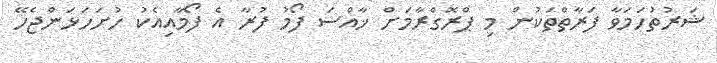
ޝަރުތުހަމަވާ ފަރާތްތަކުން މި ޕްރޮގްރާމަށް ޚާއްސަ ފޯމު ފުރާ އެ ފޯމާއިއެކު ހުށަހަޅަންޖެހޭ